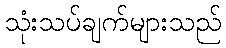
သုံးသပ်ချက်များသည်